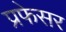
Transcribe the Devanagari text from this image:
प्रफेसर